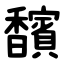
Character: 馪